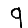
Digit: 9